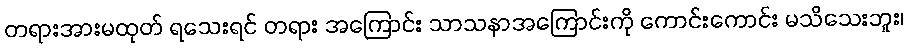
တရားအားမထုတ် ရသေးရင် တရား အကြောင်း သာသနာအကြောင်းကို ကောင်းကောင်း မသိသေးဘူး၊